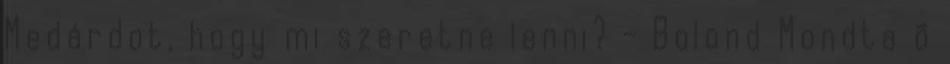
Medárdot, hogy mi szeretne lenni? - Bolond Mondta õ